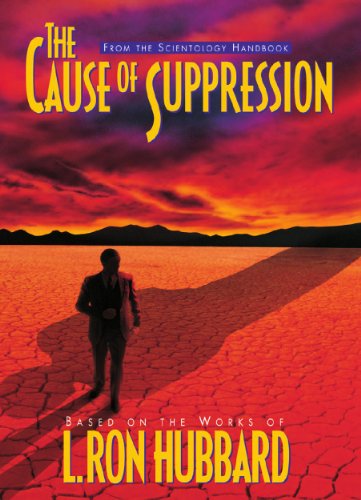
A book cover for The Cause of Suppression; L. Ron Hubbard; Religion & Spirituality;